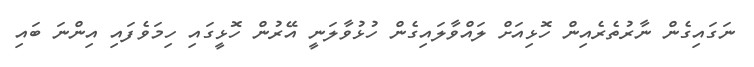
ނަގައިގެން ނާރުތެރެއިން ހޮޅިއަށް ލައްވާލައިގެން ހުޅުވާލަނީ އޭރުން ހޮޅީގައި ހިމަވެފައި އިންނަ ބައި